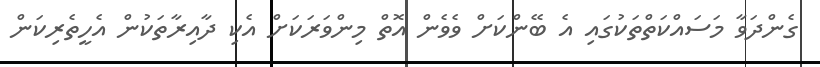
ގެންދަވާ މަސައްކަތްތަކުގައި އެ ބޭންކަށް ވެވެން އޮތް މިންވަރަކަށް އެކި ދާއިރާތަކުން އެހީތެރިކަން